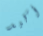
أكيد